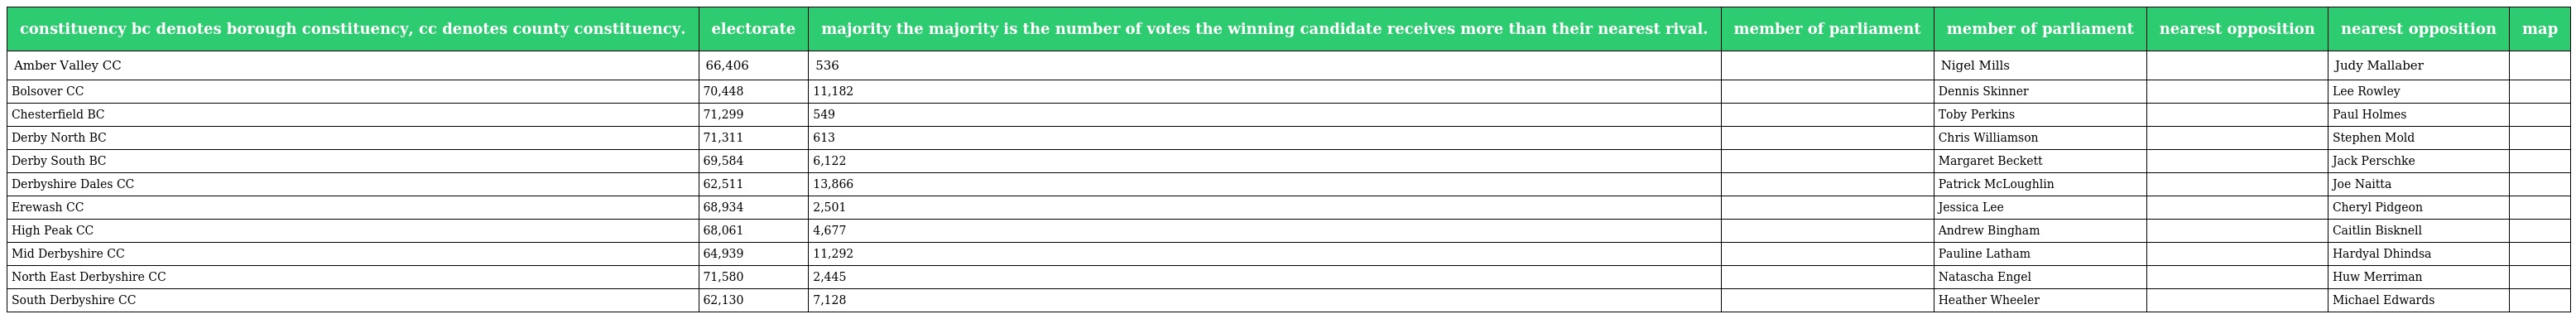
| constituency bc denotes borough constituency, cc denotes county constituency. | electorate | majority the majority is the number of votes the winning candidate receives more than their nearest rival. | member of parliament | member of parliament | nearest opposition | nearest opposition | map |
 | --- | --- | --- | --- | --- | --- | --- | --- |
 | Amber Valley CC | 66,406 | 536 |  | Nigel Mills |  | Judy Mallaber |  |
 | Bolsover CC | 70,448 | 11,182 |  | Dennis Skinner |  | Lee Rowley |  |
 | Chesterfield BC | 71,299 | 549 |  | Toby Perkins |  | Paul Holmes |  |
 | Derby North BC | 71,311 | 613 |  | Chris Williamson |  | Stephen Mold |  |
 | Derby South BC | 69,584 | 6,122 |  | Margaret Beckett |  | Jack Perschke |  |
 | Derbyshire Dales CC | 62,511 | 13,866 |  | Patrick McLoughlin |  | Joe Naitta |  |
 | Erewash CC | 68,934 | 2,501 |  | Jessica Lee |  | Cheryl Pidgeon |  |
 | High Peak CC | 68,061 | 4,677 |  | Andrew Bingham |  | Caitlin Bisknell |  |
 | Mid Derbyshire CC | 64,939 | 11,292 |  | Pauline Latham |  | Hardyal Dhindsa |  |
 | North East Derbyshire CC | 71,580 | 2,445 |  | Natascha Engel |  | Huw Merriman |  |
 | South Derbyshire CC | 62,130 | 7,128 |  | Heather Wheeler |  | Michael Edwards |  |